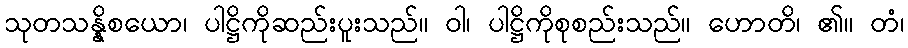
သုတသန္နိစယော၊ ပါဋ္ဌိကိုဆည်းပူးသည်။ ဝါ၊ ပါဋ္ဌိကိုစုစည်းသည်။ ဟောတိ၊ ၏။ တံ၊